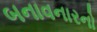
બનાવનારનો